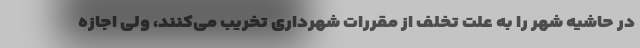
در حاشیه شهر را به علت تخلف از مقررات شهرداری تخریب می‌کنند، ولی اجازه